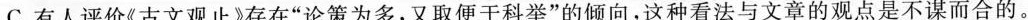
C.有人评价《古文观止》存在”论策为多，又取便于科举”的倾向，这种看法与文章的观点是不谋而合的。